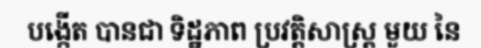
បង្កើត បានជា ទិដ្ឋភាព ប្រវត្តិសាស្ត្រ មួយ នៃ